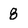
Character: 8